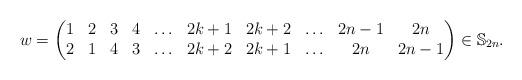
LaTeX: \begin{gather*}w = \begin{pmatrix} 1& 2& 3& 4&\ldots& 2k+1& 2k+2& \ldots& {2n-1}& 2n \\2& 1& 4& 3&\ldots& {2k+2}& {2k+1}& \ldots& 2n& {2n-1} \end{pmatrix}\in \mathbb{S}_{2n}.\end{gather*}